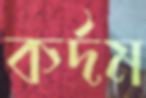
কর্দম